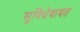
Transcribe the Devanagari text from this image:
सुविधेबाबत